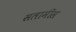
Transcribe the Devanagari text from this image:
सलामीस